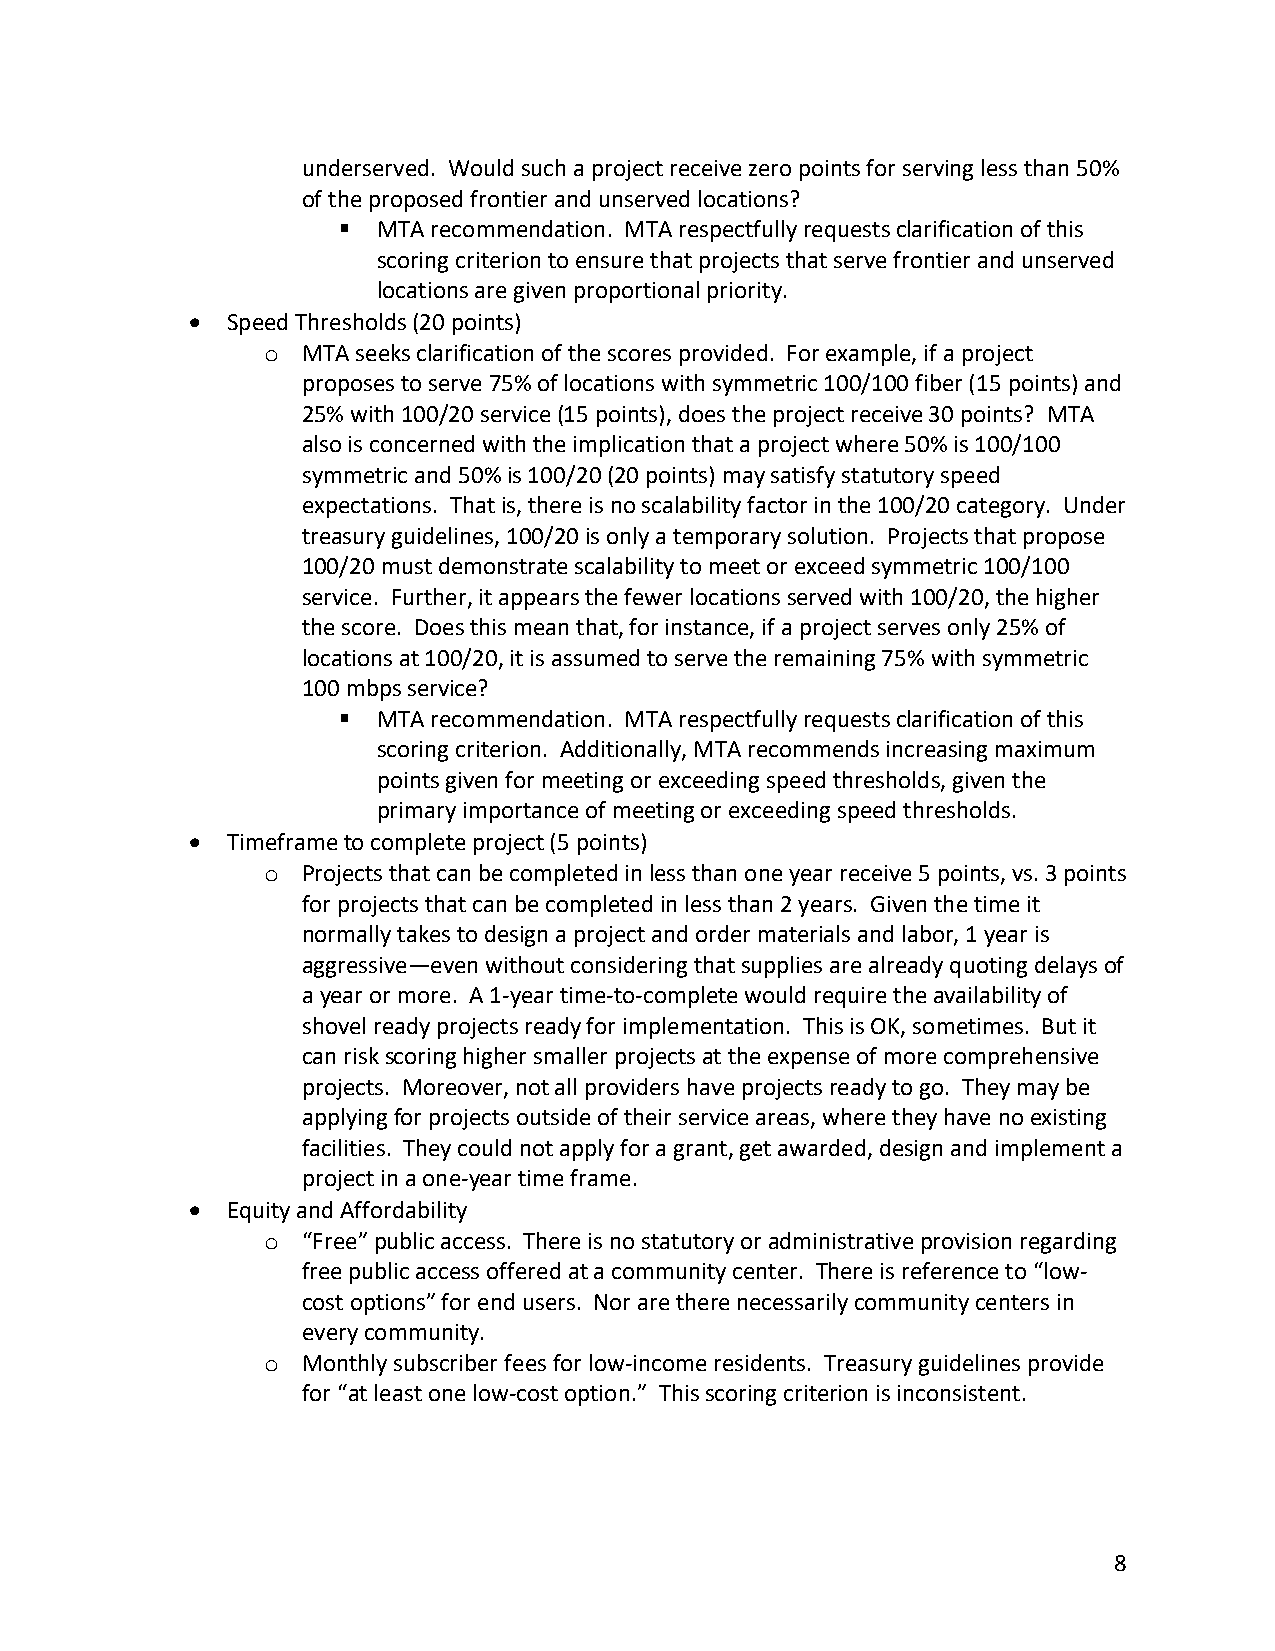
underserved. Would such a project receive zero points for serving less than 50%
 of the proposed frontier and unserved locations?
 §  MTA recommendation. MTA respectfully requests clarification of this
 scoring criterion to ensure that projects that serve frontier and unserved
 locations are given proportional priority.
 • Speed Thresholds (20 points)
 o MTA seeks clarification of the scores provided. For example, if a project
 proposes to serve 75% of locations with symmetric 100/100 fiber (15 points) and
 25% with 100/20 service (15 points), does the project receive 30 points? MTA
 also is concerned with the implication that a project where 50% is 100/100
 symmetric and 50% is 100/20 (20 points) may satisfy statutory speed
 expectations. That is, there is no scalability factor in the 100/20 category. Under
 treasury guidelines, 100/20 is only a temporary solution. Projects that propose
 100/20 must demonstrate scalability to meet or exceed symmetric 100/100
 service. Further, it appears the fewer locations served with 100/20, the higher
 the score. Does this mean that, for instance, if a project serves only 25% of
 locations at 100/20, it is assumed to serve the remaining 75% with symmetric
 100 mbps service?
 §  MTA recommendation. MTA respectfully requests clarification of this
 scoring criterion. Additionally, MTA recommends increasing maximum
 points given for meeting or exceeding speed thresholds, given the
 primary importance of meeting or exceeding speed thresholds.
 • Timeframe to complete project (5 points)
 o Projects that can be completed in less than one year receive 5 points, vs. 3 points
 for projects that can be completed in less than 2 years. Given the time it
 normally takes to design a project and order materials and labor, 1 year is
 aggressive—even without considering that supplies are already quoting delays of
 a year or more. A 1-year time-to-complete would require the availability of
 shovel ready projects ready for implementation. This is OK, sometimes. But it
 can risk scoring higher smaller projects at the expense of more comprehensive
 projects. Moreover, not all providers have projects ready to go. They may be
 applying for projects outside of their service areas, where they have no existing
 facilities. They could not apply for a grant, get awarded, design and implement a
 project in a one-year time frame.
 • Equity and Affordability
 o “Free” public access. There is no statutory or administrative provision regarding
 free public access offered at a community center. There is reference to “low-
 cost options” for end users. Nor are there necessarily community centers in
 every community.
 o Monthly subscriber fees for low-income residents. Treasury guidelines provide
 for “at least one low-cost option.” This scoring criterion is inconsistent.
 8